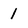
Character: 1